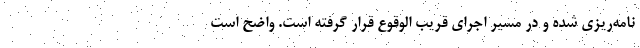
نامه‌ریزی شده و در مسیر اجرای قریب الوقوع قرار گرفته است. واضح است